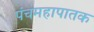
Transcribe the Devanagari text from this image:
पंचमहापातक